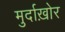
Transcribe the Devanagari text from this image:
मुर्दाख़ोर